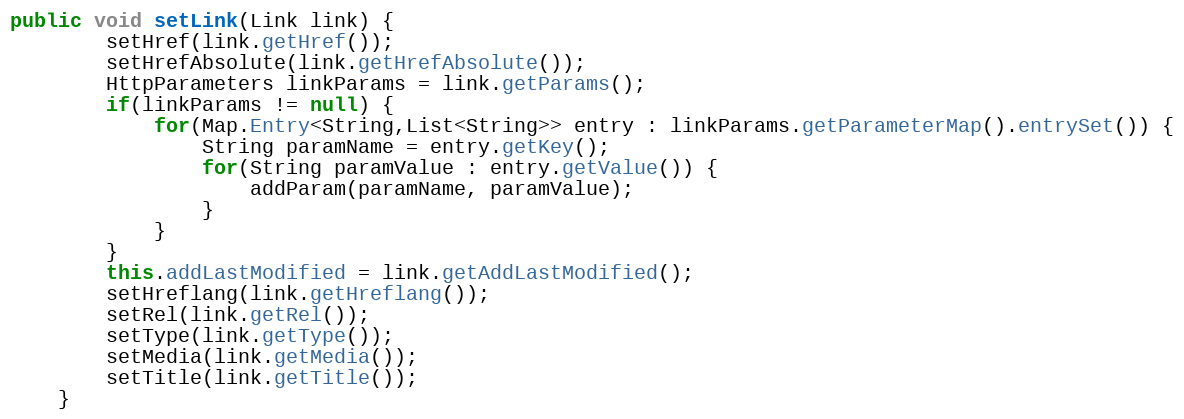
Language: Java
public void setLink(Link link) {
		setHref(link.getHref());
		setHrefAbsolute(link.getHrefAbsolute());
		HttpParameters linkParams = link.getParams();
		if(linkParams != null) {
			for(Map.Entry<String,List<String>> entry : linkParams.getParameterMap().entrySet()) {
				String paramName = entry.getKey();
				for(String paramValue : entry.getValue()) {
					addParam(paramName, paramValue);
				}
			}
		}
		this.addLastModified = link.getAddLastModified();
		setHreflang(link.getHreflang());
		setRel(link.getRel());
		setType(link.getType());
		setMedia(link.getMedia());
		setTitle(link.getTitle());
	}